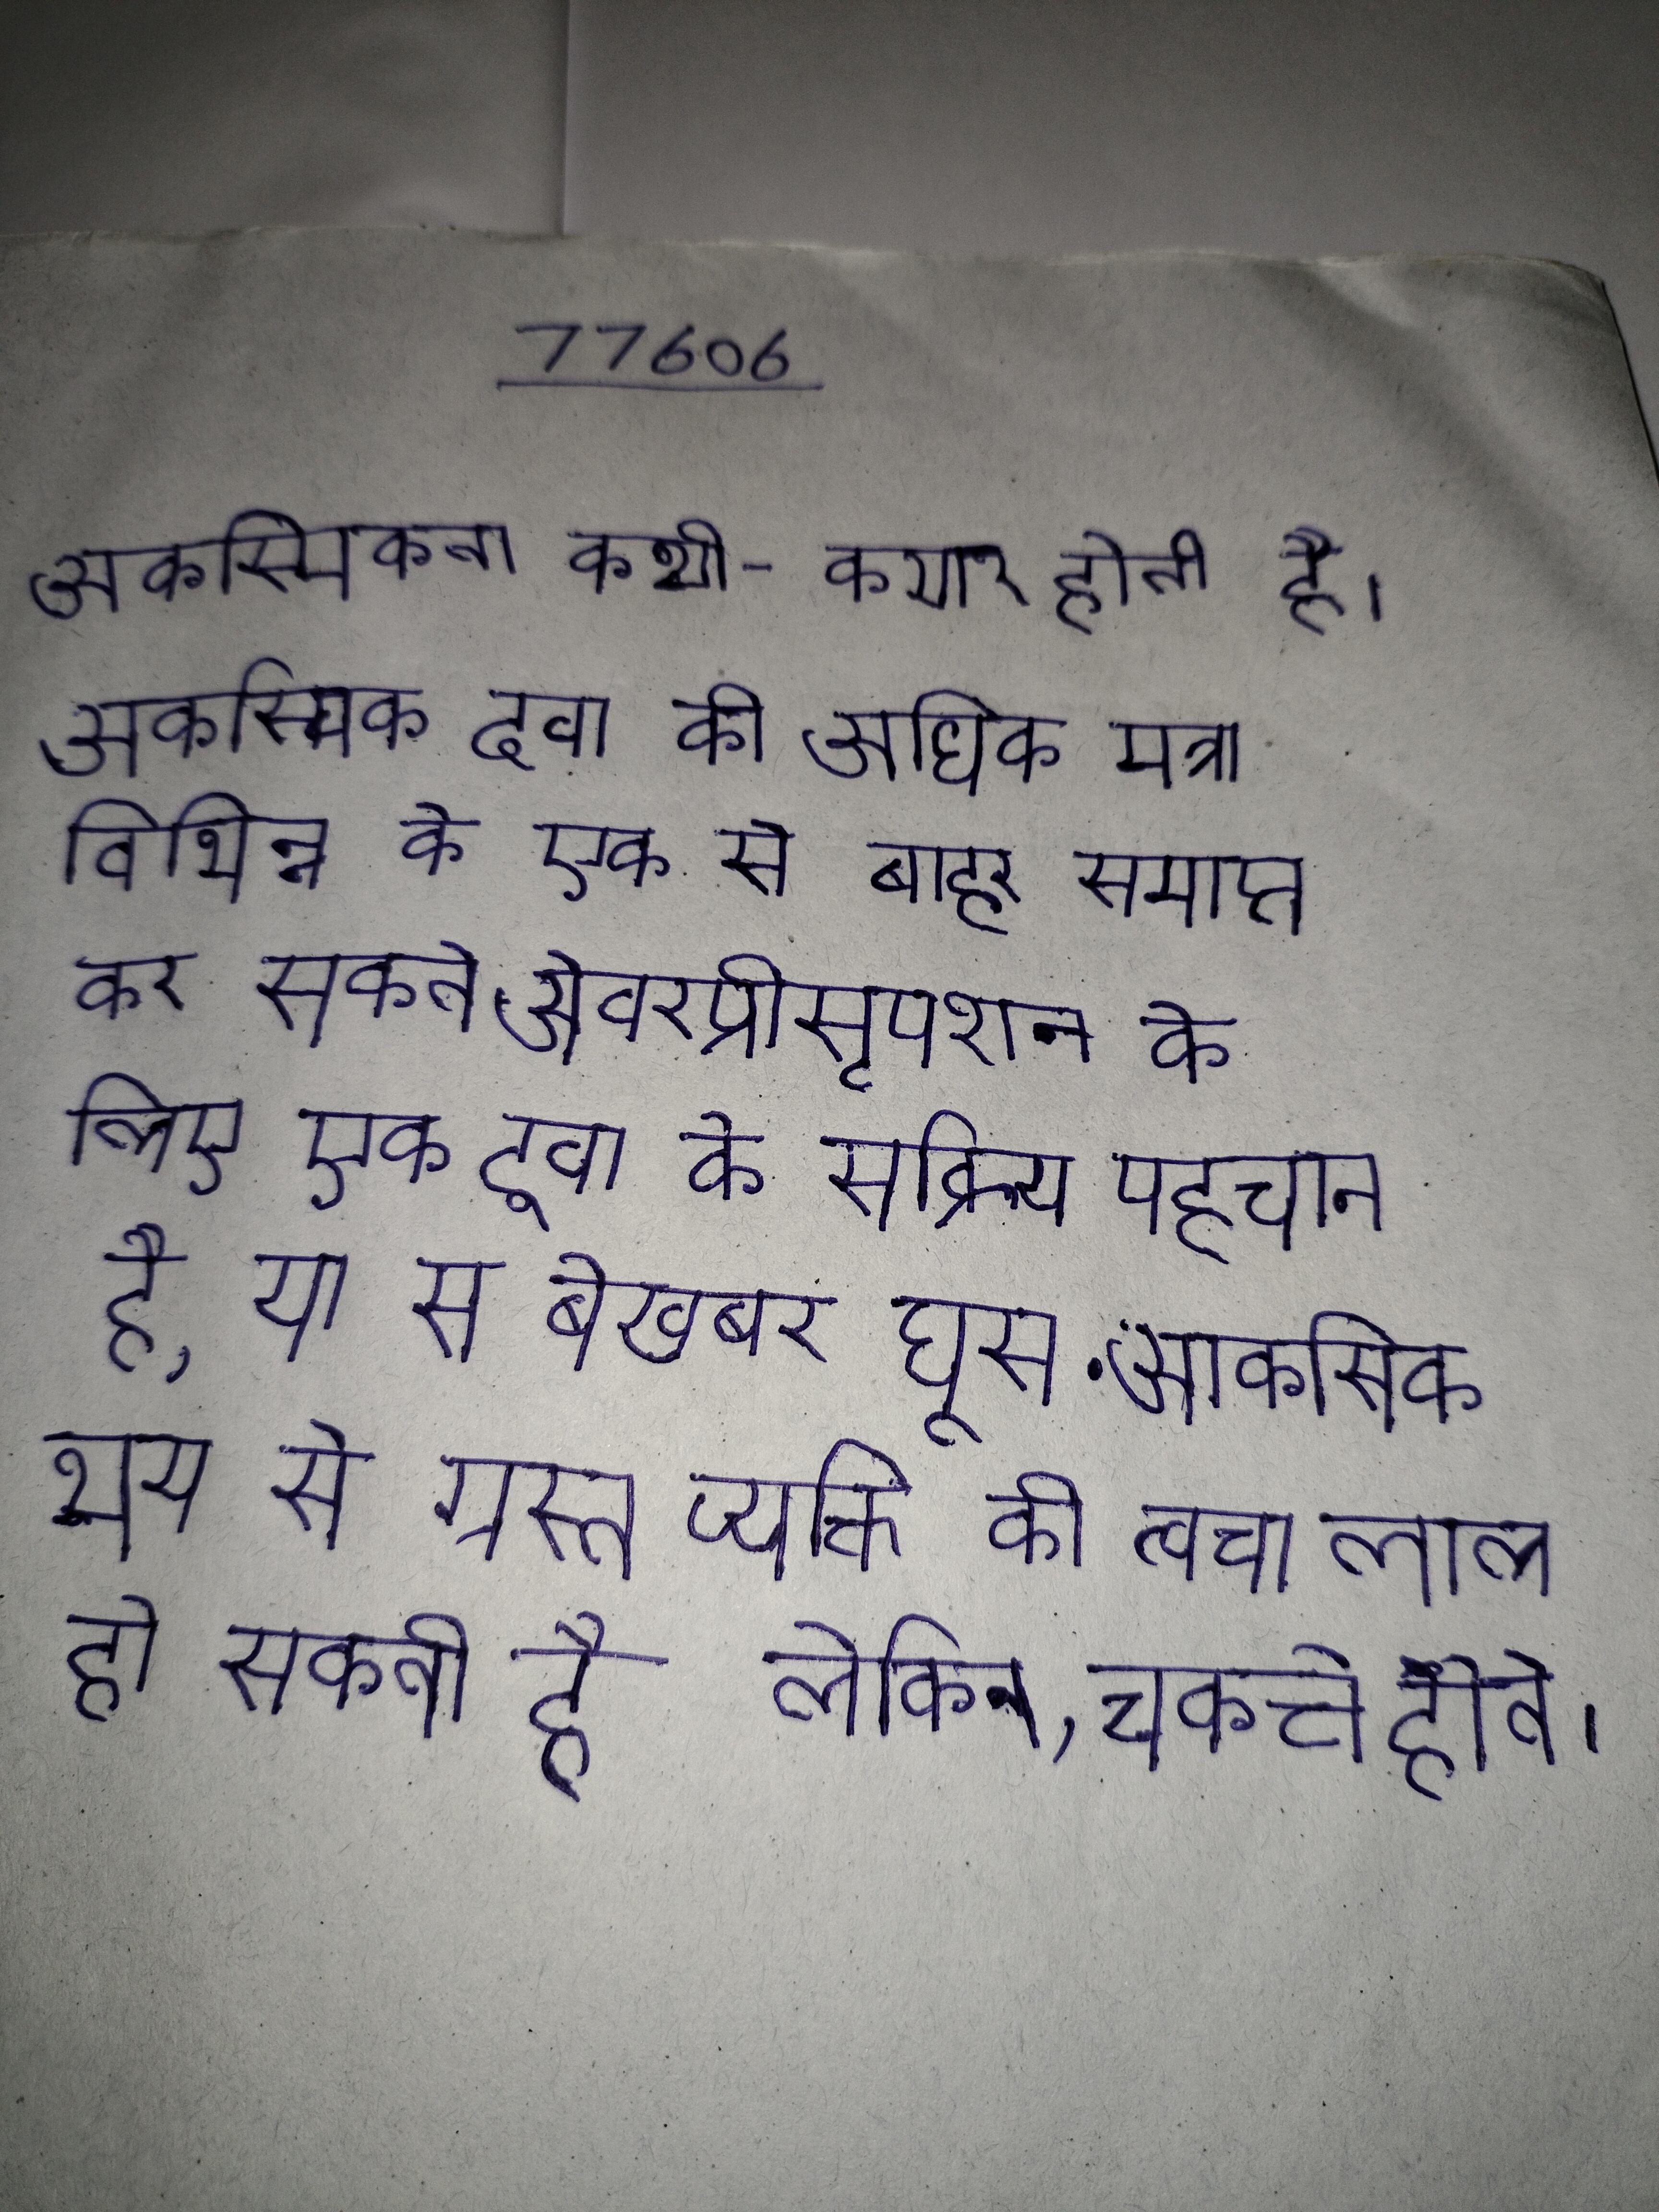
आकस्मिकता कभी-कभार होती है । आकस्मिक दवा की अधिक मात्रा विभिन्न के एक से बाहर समाप्त कर सकते ओवरप्रीसृपशन सहित, असफल करने के लिए एक दवा के सक्रिय पहचान है, या से बेखबर घूस . आकस्मिक भय से ग्रस्त व्यक्ति की त्वचा लाल हो सकती है लेकिन, चकत्ते होते ।